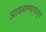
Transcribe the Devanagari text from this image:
आवळण्यापासून